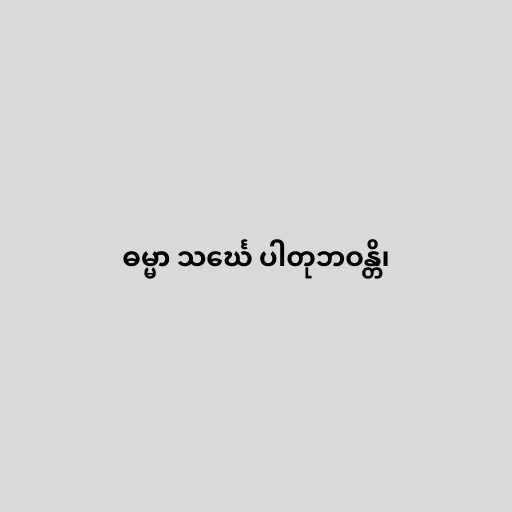
ဓမ္မာ သင်္ဃေ ပါတုဘဝန္တိ၊